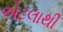
એટલાથી